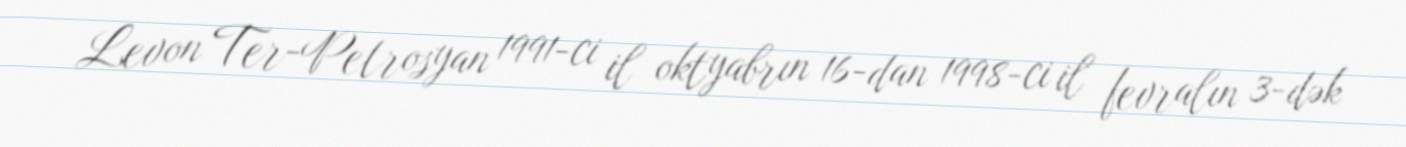
Levon Ter-Petrosyan 1991-ci il oktyabrın 16-dan 1998-ci il fevralın 3-dək